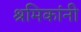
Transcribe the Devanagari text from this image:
श्रमिकांनी